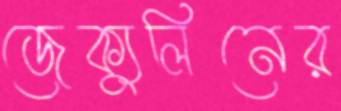
জেক্যুলিনের